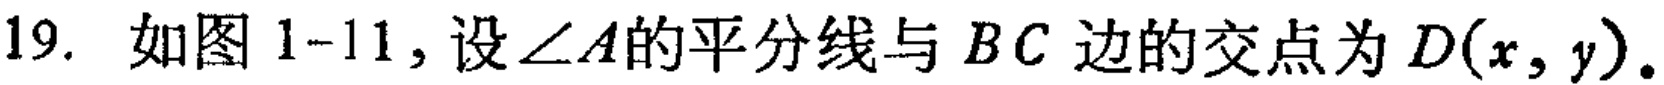
19. 如图 1-11，设\(\angle A\)的平分线与 \(BC\) 边的交点为 \(D(x,y)\)。